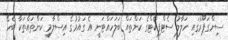
ސިންގަޕޫރުގައި ހަލާލު ސެޓްފިކެޓްގެ ކަންތައް ބަލަހައްޓަނީ އެ ގައުމުގެ އިސްލާމީ ކަންތައްތަކާ ބެހޭ